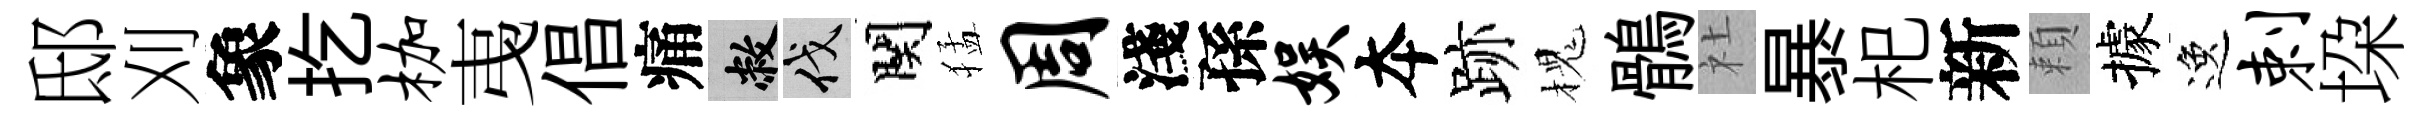
邸刈象扢枷𢎯倡痛敝伐関猛周淺孫娱夲跡槐鶻社暴𣏌新頼據逸剌垜